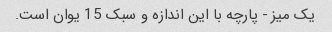
یک میز - پارچه با این اندازه و سبک 15 یوان است.